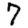
Digit: 7